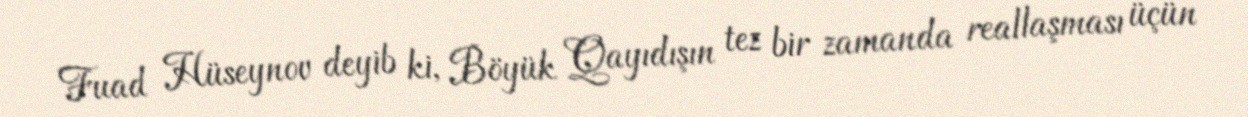
Fuad Hüseynov deyib ki, Böyük Qayıdışın tez bir zamanda reallaşması üçün